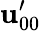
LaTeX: \mathbf{u}_{00}^{\prime}